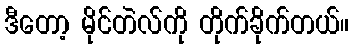
ဒီတော့ မိုင်တဲလ်ကို တိုက်ခိုက်တယ်။